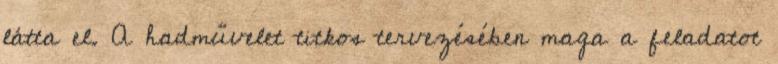
látta el. A hadművelet titkos tervezésében maga a feladatot